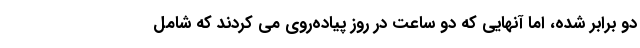
دو برابر شده، اما آنهایی که دو ساعت در روز پیاده‌روی می کردند که شامل